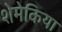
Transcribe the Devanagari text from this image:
शेमेकिया